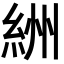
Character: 絒